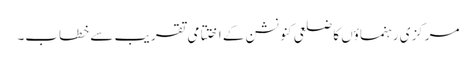
مرکزی رہنماؤں کا ضلعی کنونشن کے اختتامی تقر یب سے خطاب۔